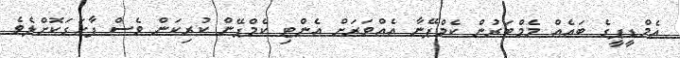
އެމްޑީޕީގެ ބައެއް މެމްބަރުން ކެމްޕޭނާ އެއްވަރަށް އެންޓި ކެމްޕޭން ކުރިކަން ވެސް ފާހަގަކޮށްލެވެ